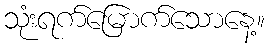
သုံးရက်မြောက်သောနေ့။